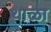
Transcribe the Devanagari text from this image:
थाळा